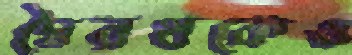
দ্বৈরথকেও